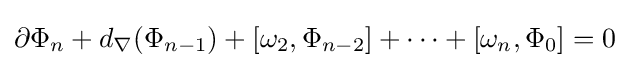
\partial \Phi _{n}+d_{\nabla }(\Phi _{n-1})+[\omega _{2},\Phi _{n-2}]+\cdots +[\omega _{n},\Phi _{0}]=0